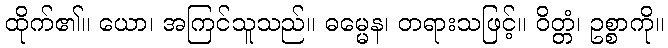
ထိုက်၏။ ယော၊ အကြင်သူသည်။ ဓမ္မေန၊ တရားသဖြင့်။ ဝိတ္တံ၊ ဥစ္စာကို။